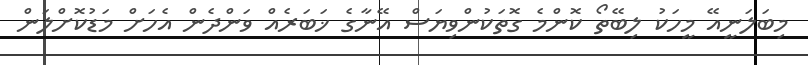
މިބަލަނީއޭ މީހަކު ލިބޭތޯ ކޮންމެ ގޮތަކުންވިޔަސް އޭނާގެ ޚަބަރެއް ވަންދެން އެހަށް މަޑުކޮށްލަން